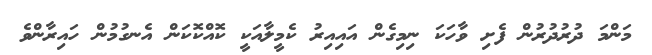
މަންމަ ދުރުދުރުން ފެށި ވާހަކަ ނިމިގެން އައިއިރު ކެމީލާއަކީ ކޮއްކޮކަން އެނގުމުން ހައިރާންވެ